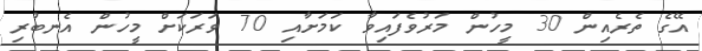
އޭގެ ތެރެއިން 30 މީހުން މަރުވެފައިވާ ކަމަށާއި 70 ވަރަކަށް މީހުން އެނބުރި